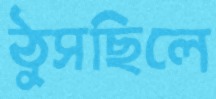
ঠুসছিলে